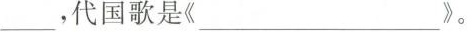
___，代国歌是《____________》。